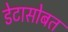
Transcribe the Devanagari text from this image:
डेटासोबत